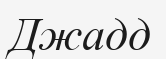
Джадд